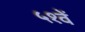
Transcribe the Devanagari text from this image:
५१वें